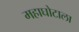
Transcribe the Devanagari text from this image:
महाघोटाला